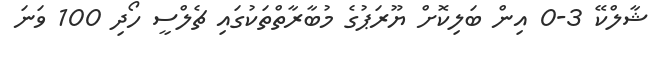
ޝާލްކޭ 3-0 އިން ބަލިކޮށް ޔޫރަޕުގެ މުބާރާތްތަކުގައި ޗެލްސީ ހޯދި 100 ވަނަ